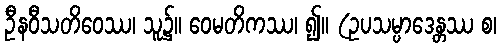
ဦနဝီသတိဝေဿ၊ သူ၌။ ဝေမတိကဿ၊ ၍။ (ဥပသမ္ပာဒေန္တဿ စ၊